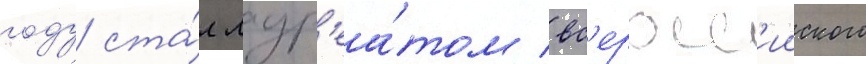
году ста́л лаур'еа́том вс'еросс'ииского